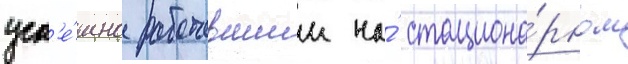
усп'е́шно работавшии на́ стациона́рном